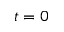
t = 0